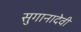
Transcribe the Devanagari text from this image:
सुगानादेवी